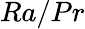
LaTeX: Ra/Pr